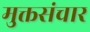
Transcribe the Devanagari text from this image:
मुक्तसंचार